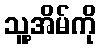
သူ့အိမ်ကို